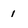
Character: 1